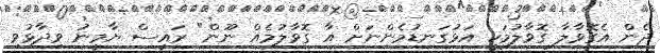
ދެން އެގޮވާލާ ގޮވާލުމަކީ އަޅުގަނޑުމެންނަށް އާ ގޮވާލުމެއް ނޫން" ރައީސް ޔާމީނު ވިދާޅުވި